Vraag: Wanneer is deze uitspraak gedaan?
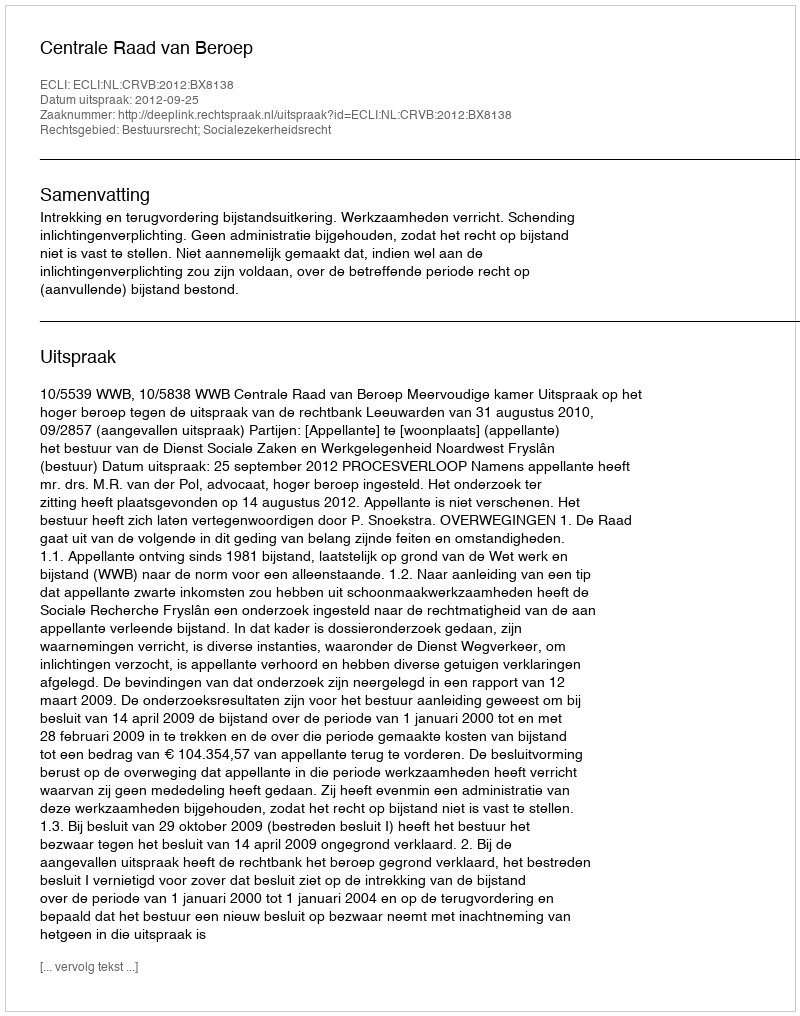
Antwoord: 2012-09-25